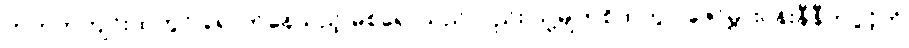
ကတုတ်ကျင်းထဲတွင် ရောက်နေသည့် မစ်ရှောသည်လည်း သူ့မျက်စိထဲတွင် ဇော်မွှားပန်းနီနီတပွင့်ကို